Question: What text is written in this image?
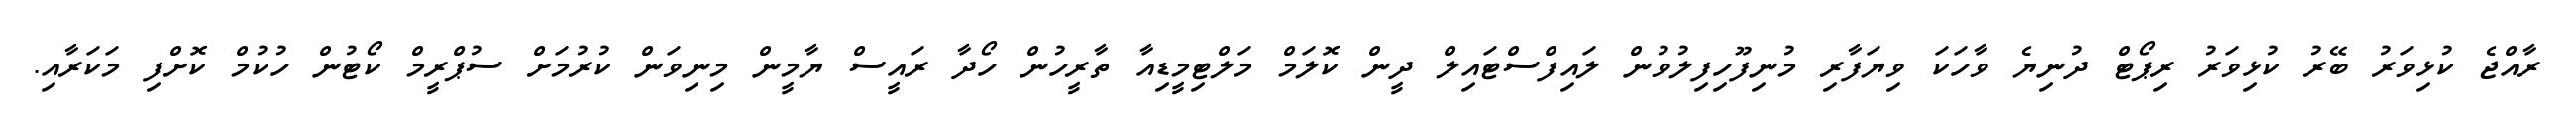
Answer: ރާއްޖެ ކުޅިވަރު ބޭރު ކުޅިވަރު ރިޕޯޓް ދުނިޔެ ވާހަކަ ވިޔަފާރި މުނިފޫހިފިލުވުން ލައިފްސްޓައިލް ދީން ކޮލަމް މަލްޓިމީޑިއާ ތާރީހުން ހޯދާ ރައީސް ޔާމީން މިނިވަން ކުރުމަށް ސުޕްރީމް ކޯޓުން ހުކުމް ކޮށްފި މަކަރާއި.